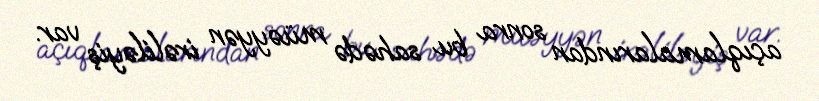
açıqlamalarından sonra bu sahədə müəyyən irəliləyiş var.